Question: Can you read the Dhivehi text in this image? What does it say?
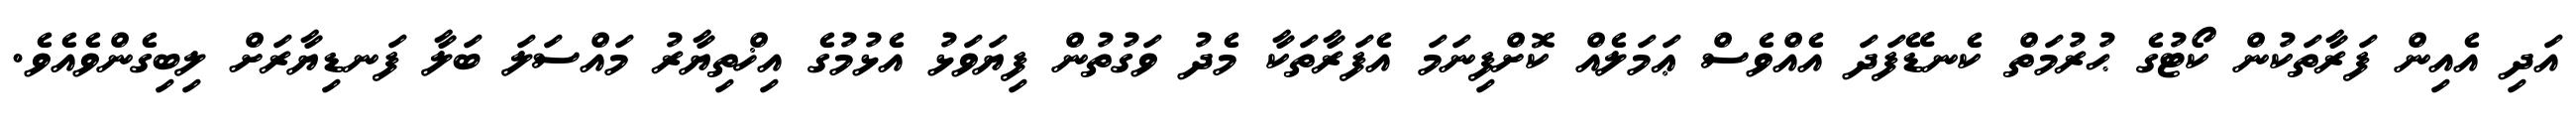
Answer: އަދި އެއިން ފަރާތަކުން ކޯޓުގެ ޙުރުމަތް ކެނޑޭފަދަ އެއްވެސް ޢަމަލެއް ކޮށްފިނަމަ އެފަރާތަކާ މެދު ވަގުތުން ފިޔަވަޅު އެޅުމުގެ އިޚްތިޔާރު މައްސަލަ ބަލާ ފަނޑިޔާރަށް ލިބިގެންވެއެވެ.